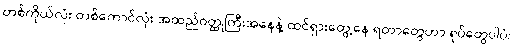
တစ်ကိုယ်လုံး တစ်ကောင်လုံး အထည်ဝတ္ထုကြီးအနေနဲ့ ထင်ရှားတွေ့နေ ရတာတွေဟာ ရုပ်တွေပါပဲ၊